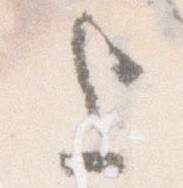
上